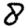
Digit: 8